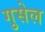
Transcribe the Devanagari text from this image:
गुसेल